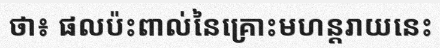
ថា៖ ផលប៉ះពាល់នៃគ្រោះមហន្តរាយនេះ